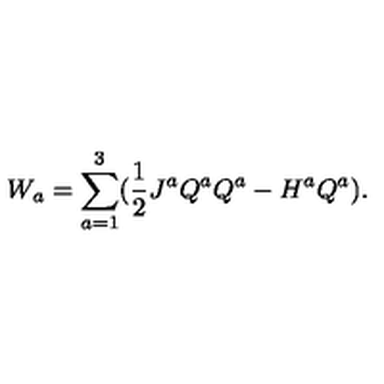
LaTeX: W _ { a } = \sum _ { a = 1 } ^ { 3 } ( \frac { 1 } { 2 } J ^ { a } Q ^ { a } Q ^ { a } - H ^ { a } Q ^ { a } ) .